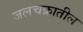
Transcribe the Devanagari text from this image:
जलचक्रातील